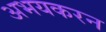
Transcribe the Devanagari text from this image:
अभयकरन